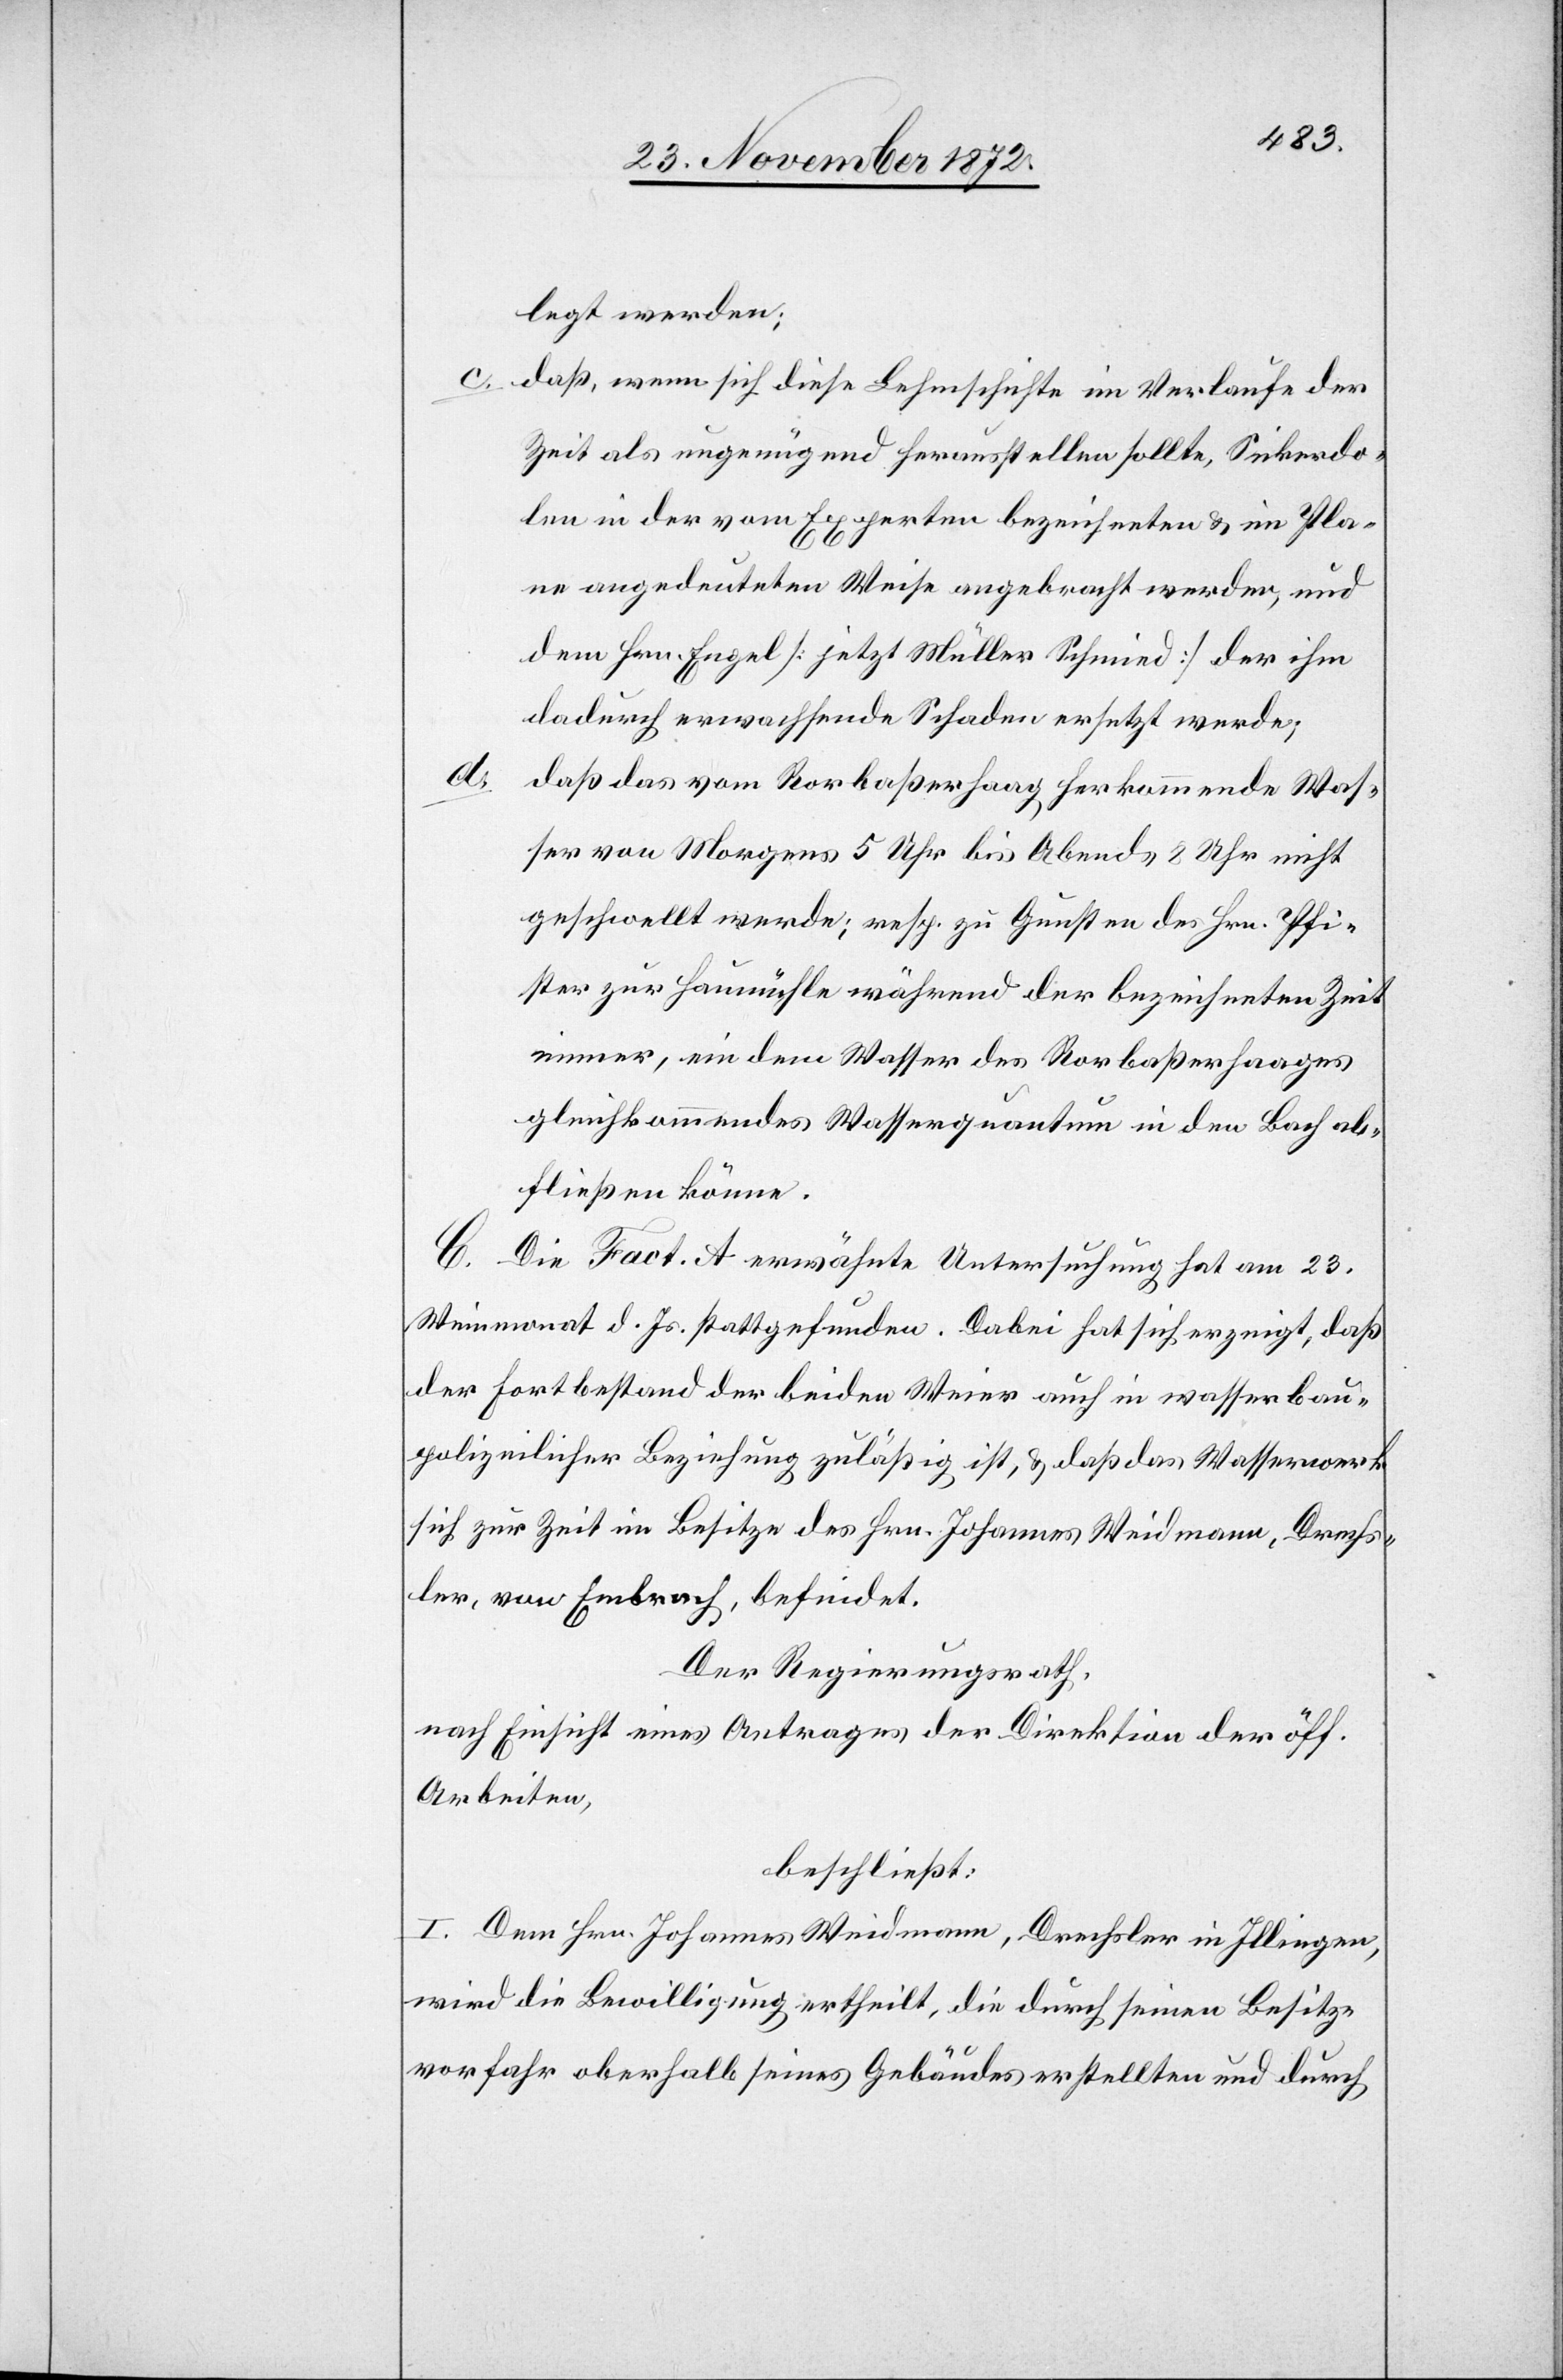
legt werden;
c. daß, wenn sich diese Lehmschichte im Verlaufe der
Zeit als ungenügend herausstellen sollte, Sickerdo¬
len in der vom Experten bezeichneten u. im Pla¬
ne angedeuteten Weise angebracht werden, und
dem Hrn. Engel [jetzt Müller Schmid] der ihm
dadurch erwachsende Schaden ersetzt werde;
d.
daß das vom Rorbaßerhaag herkommende Was¬
ser vom Morgens 5 Uhr bis Abends 8 Uhr nicht
geschwellt werde; resp. zu Gunsten des Hrn. Pfi¬
ster zur Haumühle während der bezeichneten Zeit
immer, ein dem Wasser des Rorbaßerhaages
gleichkommendes Wasserquantum in den Bach ab¬
fließen könne.
B. Die Fact. A erwähnte Untersuchung hat am 23.
Weinmonat d. Js. stattgefunden. Dabei hat sich erzeigt, daß
der Fortbestand der beiden Weier auch in wasserbau¬
polizeilicher Beziehung zuläßig ist, u. daß das Wasserwerk
sich zur Zeit im Besitze des Hrn. Johannes Weidmann, Drechs¬
ler, von Embrach, befindet.
Der Regierungsrath,
nach Einsicht eines Antrages der Direktion der öff.
Arbeiten,
beschließt:
I. Dem Hrn. Johannes Weidmann, Drechsler in Illingen,
wird die Bewilligung ertheilt, die durch seinen Besitz¬
vorfahr oberhalb seines Gebäudes erstellten und durch